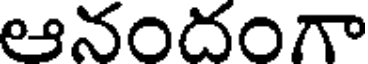
ఆనందంగా